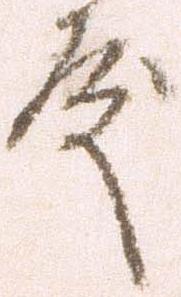
殿